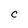
Character: C